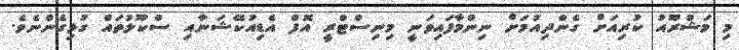
މި މަޝްރޫއު ކުރިއަށް ގެންދިއުމަށް ނިންމާފައިވަނީ މިނިސްޓްރީ އޮފް އެޑިއުކޭޝަނާއި ސްކޫލުތައް ގުޅިގެންނެވެ.